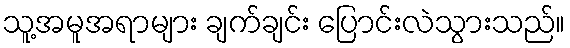
သူ့အမူအရာများ ချက်ချင်း ပြောင်းလဲသွားသည်။